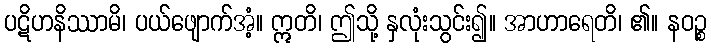
ပဋိဟနိဿာမိ၊ ပယ်ဖျောက်အံ့။ ဣတိ၊ ဤသို့ နှလုံးသွင်း၍။ အာဟာရေတိ၊ ၏။ နဝဉ္စ